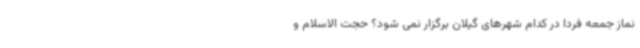
نماز جمعه فردا در کدام شهرهای گیلان برگزار نمی شود؟ حجت الاسلام و